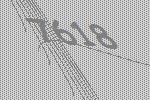
7618